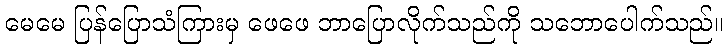
မေမေ ပြန်ပြောသံကြားမှ ဖေဖေ ဘာပြောလိုက်သည်ကို သဘောပေါက်သည်။